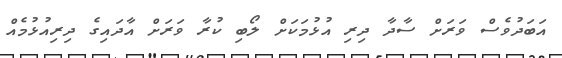
އަބަދުވެސް ވަރަށް ސާދާ ދިރި އުޅުމަކަށް ލޯބި ކުރާ ވަރަށް އާދައިގެ ދިރިއުޅުމެއް